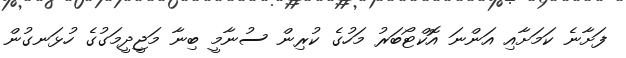
ފަށާނެ ކަމަށާއި އަންނަ އޮކްޓޯބަރު މަހުގެ ކުރިން ސުނާމީ ބިނާ މަޖީދީމަގުގެ ހުޅަނގުން